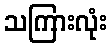
သကြားလုံး